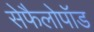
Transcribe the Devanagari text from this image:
सेफैलोपॉड